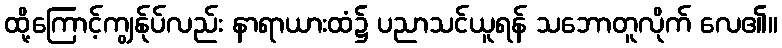
ထို့ကြောင့်ကျွန်ုပ်လည်း နာရာယားထံ၌ ပညာသင်ယူရန် သဘောတူလိုက် လေ၏။